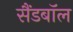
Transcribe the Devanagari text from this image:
सैंडबॉल